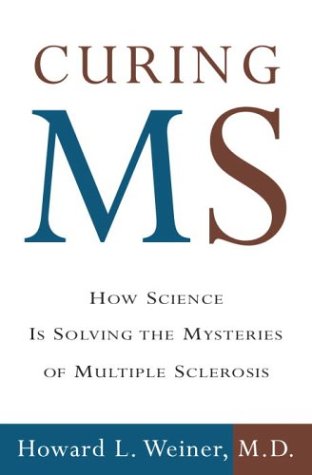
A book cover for Curing MS: How Science Is Solving the Mysteries of Multiple Sclerosis; Howard L. Weiner; Medical Books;